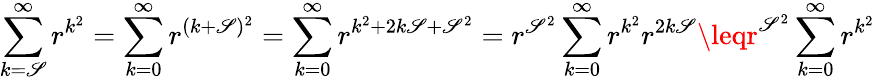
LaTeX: \sum_{k=\mathscr{S}}^{\infty}r^{k^{2}}=\sum_{k=0}^{\infty}r^{(k+\mathscr{S})^{2}}=\sum_{k=0}^{\infty}r^{k^{2}+2k\mathscr{S}+\mathscr{S}^{2}}=r^{\mathscr{S}^{2}}\sum_{k=0}^{\infty}r^{k^{2}}r^{2k\mathscr{S}}\leqr^{\mathscr{S}^{2}}\sum_{k=0}^{\infty}r^{k^{2}}